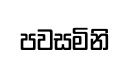
පවසමිනි